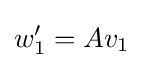
w_{1}'=Av_{1}